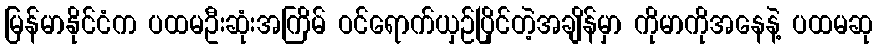
မြန်မာနိုင်ငံက ပထမဦးဆုံးအကြိမ် ဝင်ရောက်ယှဉ်ပြိုင်တဲ့အချိန်မှာ ကိုမာကိုအနေနဲ့ ပထမဆု